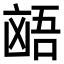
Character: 𫥩